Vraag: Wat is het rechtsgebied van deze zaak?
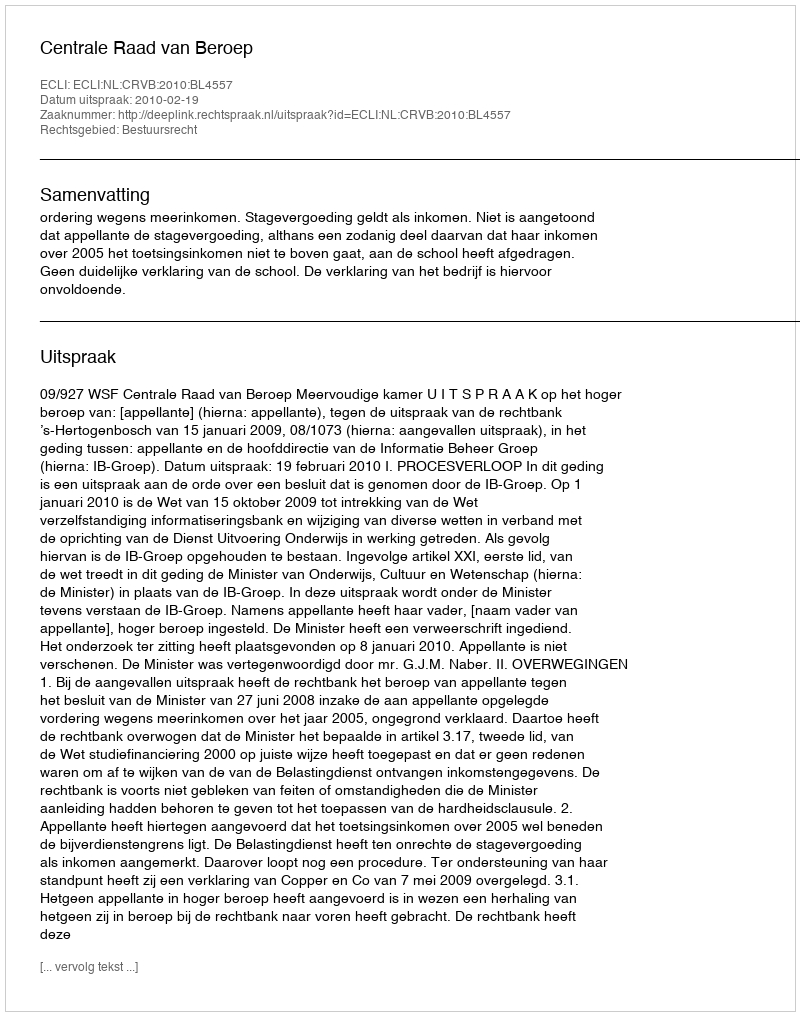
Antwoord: Bestuursrecht